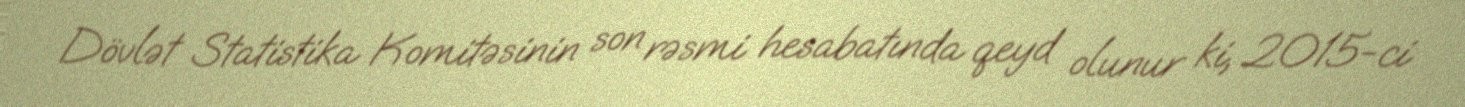
Dövlət Statistika Komitəsinin son rəsmi hesabatında qeyd olunur ki, 2015-ci